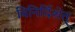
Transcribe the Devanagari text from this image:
विनिर्दिशेत्